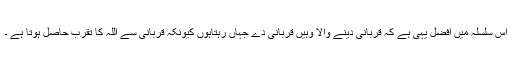
اس سلسلہ میں افضل یہی ہے کہ قربانی دینے والا وہیں قربانی دے جہاں رہتاہوں کیونکہ قربانی سے اللہ کا تقرب حاصل ہوتا ہے ۔